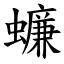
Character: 蠊